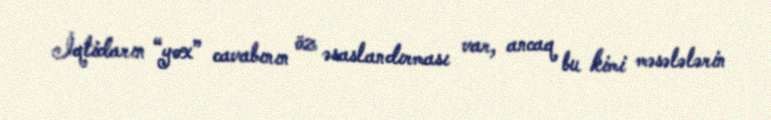
İqtidarın “yox” cavabının öz əsaslandırması var, ancaq bu kimi məsələlərin